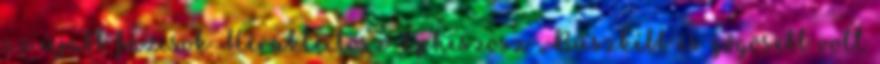
az újabb fázisok Hérakleitosz Epheszosz „Büszkébb és gőgösebb volt